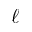
\ell